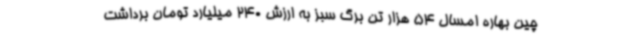
چین بهاره امسال 54 هزار تن برگ سبز به ارزش 240 میلیارد تومان برداشت